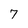
Character: 7